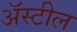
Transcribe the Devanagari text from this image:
अॅस्टील